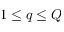
1 \le q \le Q